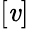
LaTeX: [\mathit{v}]